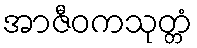
အာဇီဝကသုတ္တံ